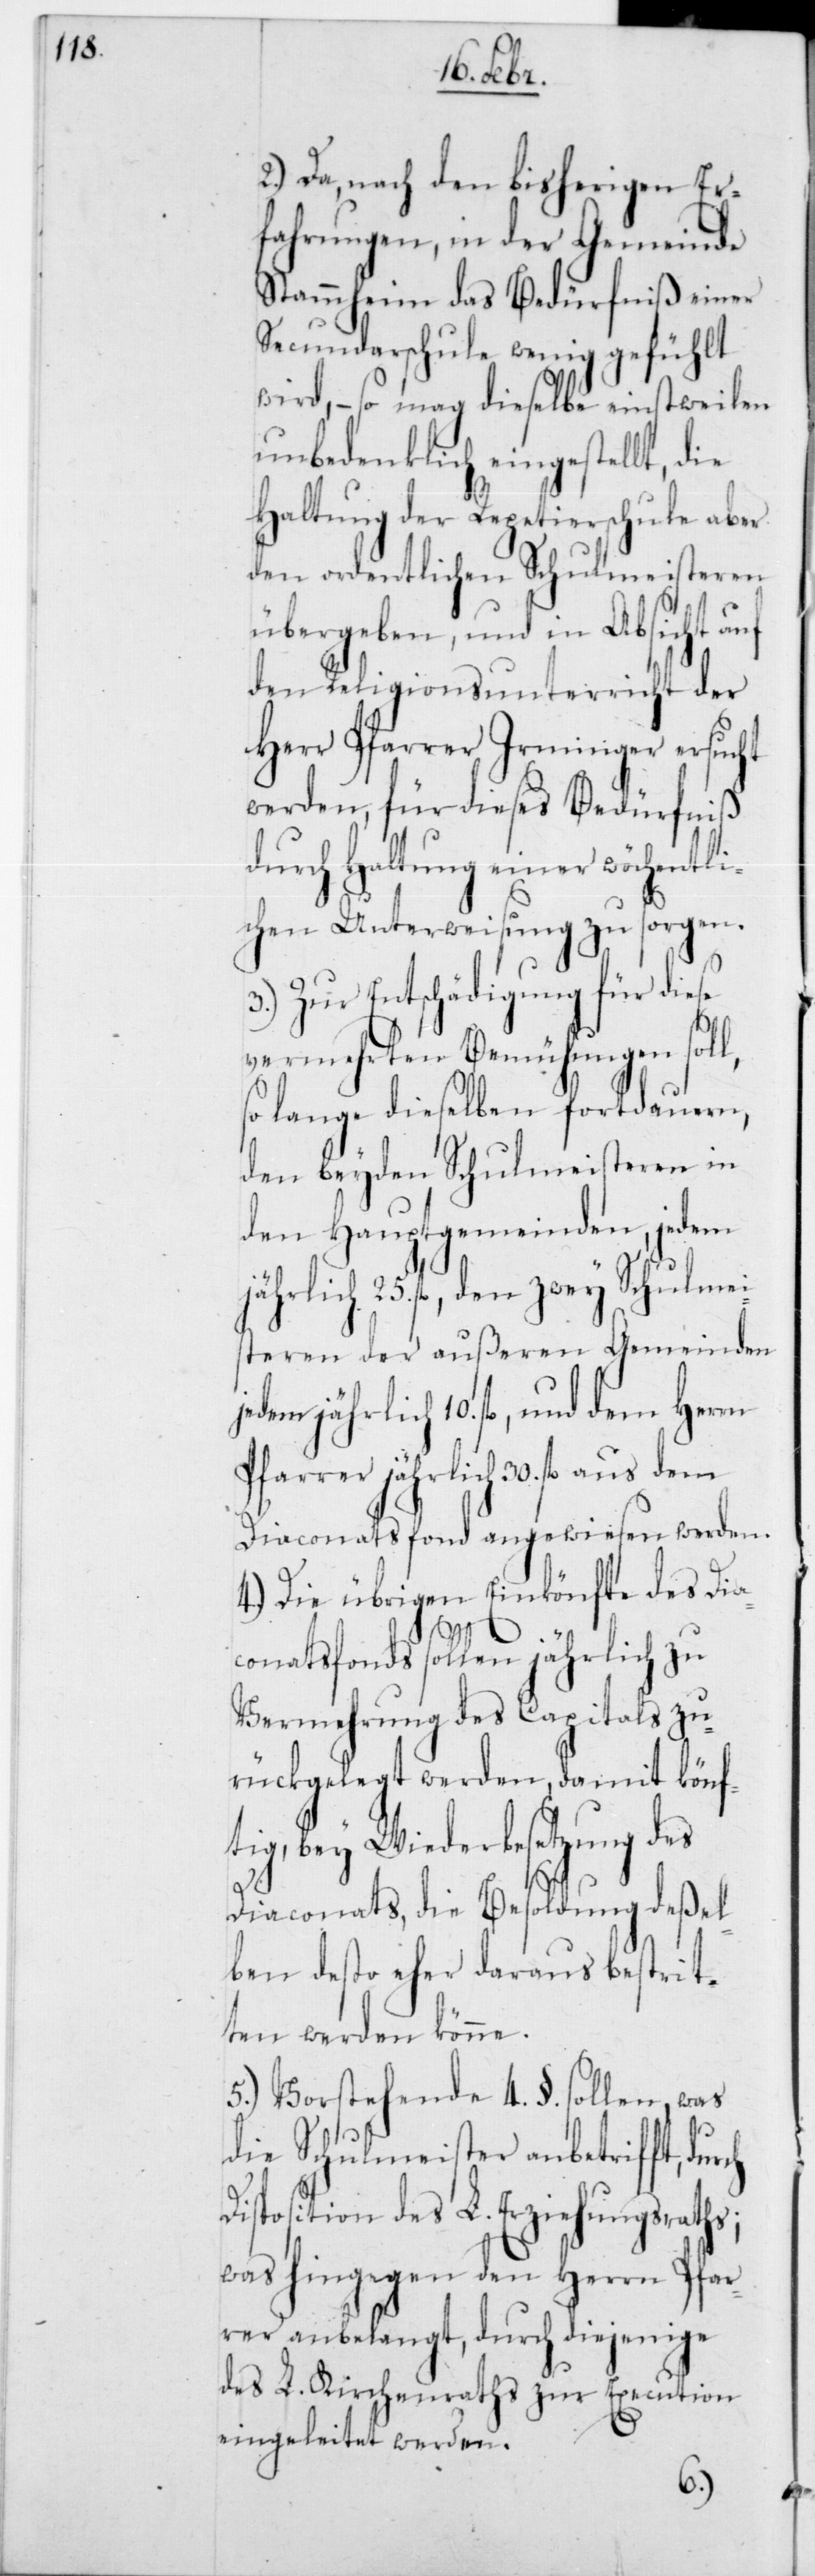
2.) Da nach den bisherigen Er¬
fahrungen, in der Gemeinde
Stammheim das Bedürfniß einer
Secundarschule wenig gefühlt
wird, – so mag dieselbe einstweilen
unbedenklich eingestellt, die
Haltung der Repertierschule aber
den ordentlichen Schulmeisteren
übergeben, und in Absicht auf
den Religionsunterricht der
Herr Pfarrer Irminger ersucht
werden, für dieses Bedürfniß
durch Haltung einer wöchentli¬
chen Unterweisung zu sorgen.
Zur Entschädigung für diese
vermehrten Bemühungen soll,
so lange dieselben fortdauern,
den beyden Schulmeisteren in
den Hauptgemeinden, jedem
jährlich 25 fl., den zwey Schulmei¬
steren der außeren Gemeinden
jährlich 10 fl., und dem Herrn
Pfarrer jährlich 30 fl. aus dem
Diaconatsfond angewiesen werden.
4.) Die übrigen Einkünfte des Dia¬
ch
D¬
conatsfonds sollen jährlich zu
Vermehrung des Capitals zu¬
rückgelegt werden, damit könf¬
tig, bey Wiederbesetzung des
Diaconats, die Besoldung deßel¬
ben desto eher daraus betrit¬
ten werden könne.
5.) Vorstehende 4 § sollen, was
die Schulmeister anbetrifft, dur¬
iposition des L. Erziehungsraths;
was hingegen den Herrn Pfar¬
rer anbelangt, durch diejenige
des L. Kirchenraths zur Execution
eingeleitet werden.